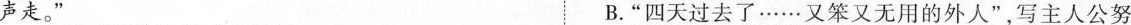
声走。 B.”四天过去了……又笨又无用的外人”，写主人公努